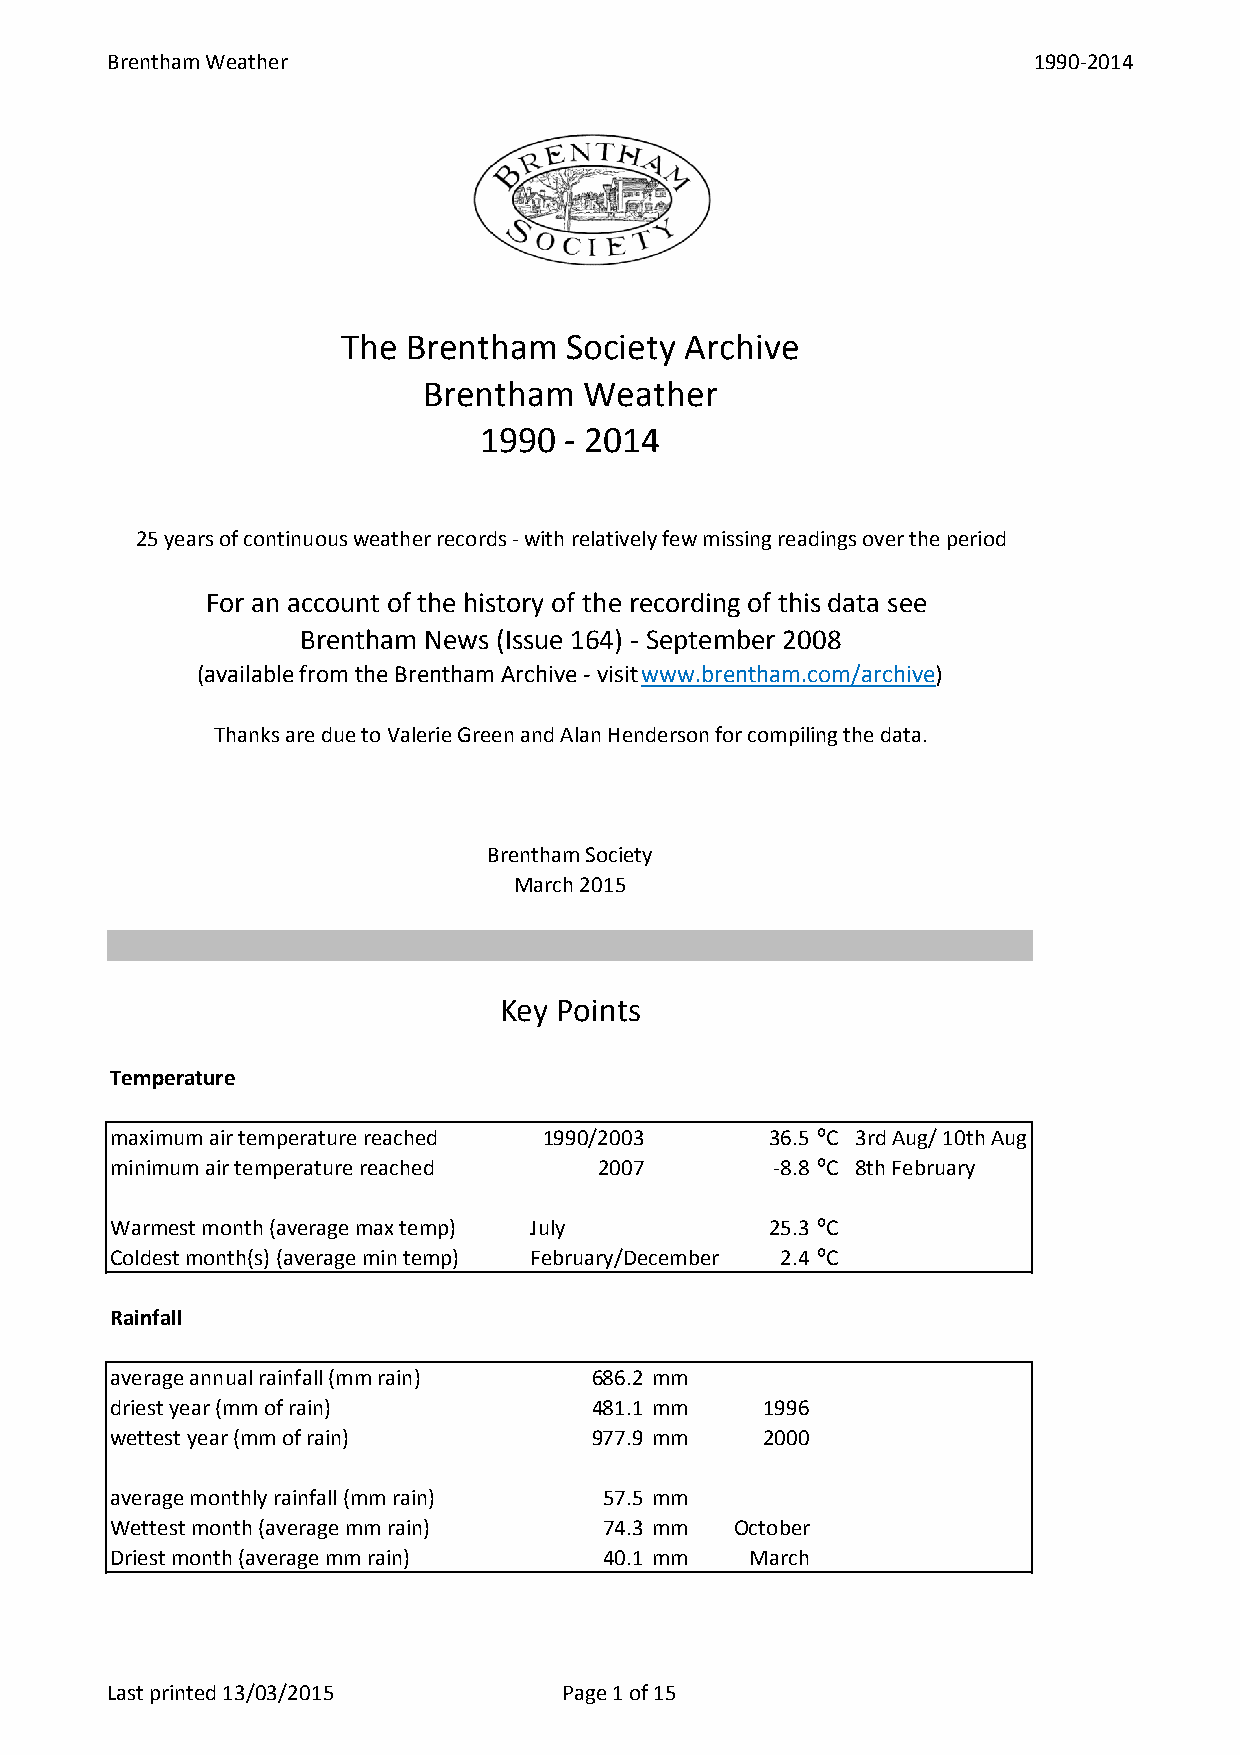
Brentham Weather                                             1990-2014
 The Brentham   Society Archive
 Brentham   Weather
 1990 - 2014
 25 years of continuous weather records - with relatively few missing readings over the period
 For an account of the history of the recording of this data see
 Brentham News (Issue 164) - September 2008
 (available from the Brentham Archive - visit www.brentham.com/archive)
 Thanks are due to Valerie Green and Alan Henderson for compiling the data.
 Brentham Society
 March 2015
 Key Points
 Temperature
 maximum air temperature reached 1990/2003   36.5 ⁰C 3rd Aug/ 10th Aug
 minimum air temperature reached  2007       -8.8 ⁰C 8th February
 Warmest month (average max temp) July       25.3 ⁰C
 Coldest month(s) (average min temp) February/December 2.4 ⁰C
 Rainfall
 average annual rainfall (mm rain) 686.2 mm
 driest year (mm of rain)        481.1 mm    1996
 wettest year (mm of rain)       977.9 mm    2000
 average monthly rainfall (mm rain) 57.5 mm
 Wettest month (average mm rain)  74.3 mm  October
 Driest month (average mm rain)   40.1 mm   March
 Last printed 13/03/2015       Page 1 of 15